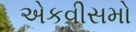
એકવીસમો